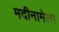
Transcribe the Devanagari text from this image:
मदीनामेला